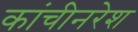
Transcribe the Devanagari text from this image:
कांचीनरेश